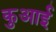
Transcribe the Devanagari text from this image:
कुआई